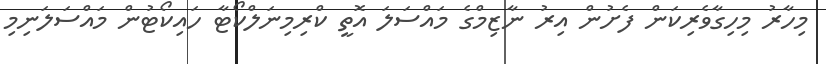
މިހާރު މިހިގާވެރިކަން ފެށުން އިރު ނާޒިމްގެ މައްސަލަ އޮތީ ކްރިމިނަލްކޯޓާ ހައިކޯޓުން މައްސަލަނިމި